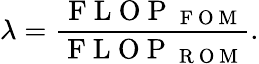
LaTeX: \lambda=\frac{\mathrm{~F~L~O~P~}_{\mathrm{~F~O~M~}}}{\mathrm{~F~L~O~P~}_{\mathrm{~R~O~M~}}}.